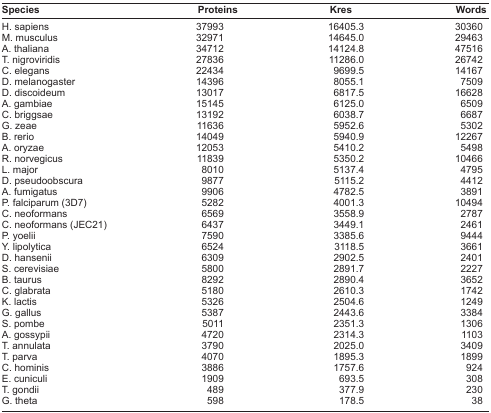
<table><thead><tr><td><b>Species</b></td><td><b>Proteins</b></td><td><b>Kres</b></td><td><b>Words</b></td></tr></thead><tbody><tr><td>H. sapiens</td><td>37993</td><td>16405.3</td><td>30360</td></tr><tr><td>M. musculus</td><td>32971</td><td>14645.0</td><td>29463</td></tr><tr><td>A. thaliana</td><td>34712</td><td>14124.8</td><td>47516</td></tr><tr><td>T. nigroviridis</td><td>27836</td><td>11286.0</td><td>26742</td></tr><tr><td>C. elegans</td><td>22434</td><td>9699.5</td><td>14167</td></tr><tr><td>D. melanogaster</td><td>14396</td><td>8055.1</td><td>7509</td></tr><tr><td>D. discoideum</td><td>13017</td><td>6817.5</td><td>16628</td></tr><tr><td>A. gambiae</td><td>15145</td><td>6125.0</td><td>6509</td></tr><tr><td>C. briggsae</td><td>13192</td><td>6038.7</td><td>6687</td></tr><tr><td>G. zeae</td><td>11636</td><td>5952.6</td><td>5302</td></tr><tr><td>B. rerio</td><td>14049</td><td>5940.9</td><td>12267</td></tr><tr><td>A. oryzae</td><td>12053</td><td>5410.2</td><td>5498</td></tr><tr><td>R. norvegicus</td><td>11839</td><td>5350.2</td><td>10466</td></tr><tr><td>L. major</td><td>8010</td><td>5137.4</td><td>4795</td></tr><tr><td>D. pseudoobscura</td><td>9877</td><td>5115.2</td><td>4412</td></tr><tr><td>A. fumigatus</td><td>9906</td><td>4782.5</td><td>3891</td></tr><tr><td>P. falciparum (3D7)</td><td>5282</td><td>4001.3</td><td>10494</td></tr><tr><td>C. neoformans</td><td>6569</td><td>3558.9</td><td>2787</td></tr><tr><td>C. neoformans (JEC21)</td><td>6437</td><td>3449.1</td><td>2461</td></tr><tr><td>P. yoelii</td><td>7590</td><td>3385.6</td><td>9444</td></tr><tr><td>Y. lipolytica</td><td>6524</td><td>3118.5</td><td>3661</td></tr><tr><td>D. hansenii</td><td>6309</td><td>2902.5</td><td>2401</td></tr><tr><td>S. cerevisiae</td><td>5800</td><td>2891.7</td><td>2227</td></tr><tr><td>B. taurus</td><td>8292</td><td>2890.4</td><td>3652</td></tr><tr><td>C. glabrata</td><td>5180</td><td>2610.3</td><td>1742</td></tr><tr><td>K. lactis</td><td>5326</td><td>2504.6</td><td>1249</td></tr><tr><td>G. gallus</td><td>5387</td><td>2443.6</td><td>3384</td></tr><tr><td>S. pombe</td><td>5011</td><td>2351.3</td><td>1306</td></tr><tr><td>A. gossypii</td><td>4720</td><td>2314.3</td><td>1103</td></tr><tr><td>T. annulata</td><td>3790</td><td>2025.0</td><td>3409</td></tr><tr><td>T. parva</td><td>4070</td><td>1895.3</td><td>1899</td></tr><tr><td>C. hominis</td><td>3886</td><td>1757.6</td><td>924</td></tr><tr><td>E. cuniculi</td><td>1909</td><td>693.5</td><td>308</td></tr><tr><td>T. gondii</td><td>489</td><td>377.9</td><td>230</td></tr><tr><td>G. theta</td><td>598</td><td>178.5</td><td>38</td></tr></tbody></table>